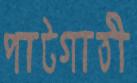
পাটগাতী